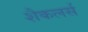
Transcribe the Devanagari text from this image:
शैकलर्स